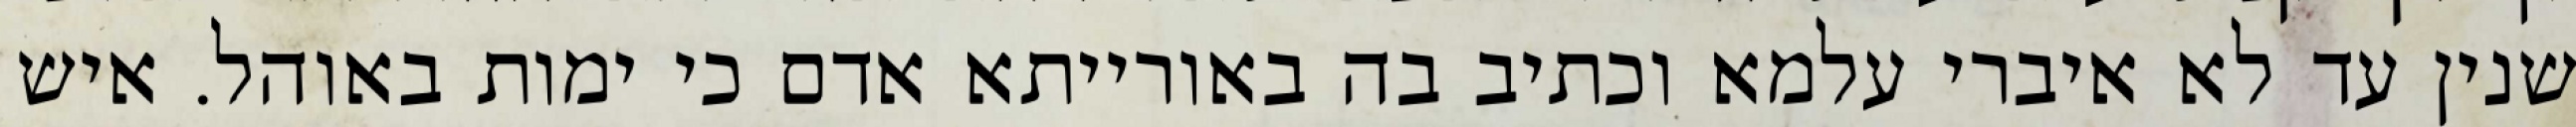
שנין עד לא איברי עלמא וכתיב בה באורייתא אדם כי ימות באוהל. איש